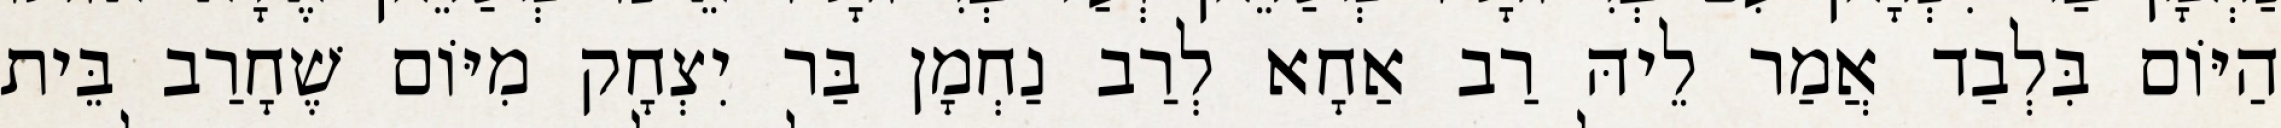
הַיּוֹם בִּלְבַד אֲמַר לֵיהּ רַב אַחָא לְרַב נַחְמָן בַּר יִצְחָק מִיּוֹם שֶׁחָרַב בֵּית